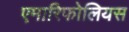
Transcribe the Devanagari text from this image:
एमारिफोलियस